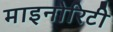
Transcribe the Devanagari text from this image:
माइनोरिटी